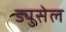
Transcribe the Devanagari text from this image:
ड्युसेल